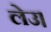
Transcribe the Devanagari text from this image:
लेउ।